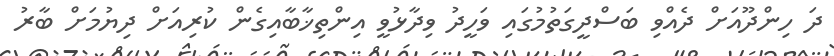
ދަ ހިންދޫއަށް ދެއްވި ބަސްދީގަތުމުގައި ވަހީދު ވިދާޅުވީ އިންތިޚާބާއިގެން ކުރިއަށް ދިޔުމަށް ބާރު